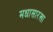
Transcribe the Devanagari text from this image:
मधासारखा